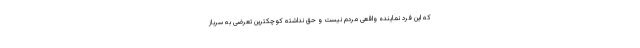
که این فرد نماینده واقعی مردم نیست و حق نداشته کوچکترین تعرضی به سرباز